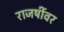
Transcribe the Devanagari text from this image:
राजर्षीवर